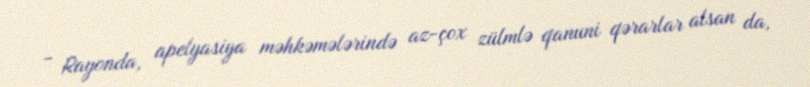
- Rayonda, apelyasiya məhkəmələrində az-çox zülmlə qanuni qərarlar alsan da,